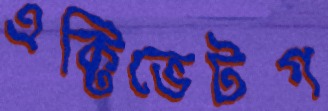
এক্টিভেটগ